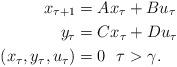
LaTeX: \begin{align*}x_{\tau +1}&=Ax_{\tau}+Bu_{\tau} \\y_{\tau}&=Cx_{\tau}+Du_{\tau}\\(x_{\tau}, y_{\tau}, u_{\tau})&=0\ \ \tau>\gamma.\end{align*}